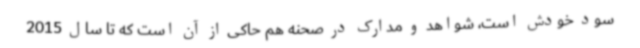
سود خودش است، شواهد و مدارک در صحنه هم حاکی از آن است که تا سال 2015